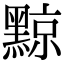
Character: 黥